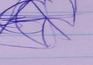
Signature authenticity: genuine